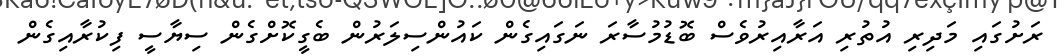
ރަށުގައި މަދިރި އުތުރި އަރާއިރުވެސް ބޮޑުމުސާރަ ނަގައިގެން ކައުންސިލަރުން ބެގީކޮށްގެން ސިޔާސީ ފިކުރާއިގެން